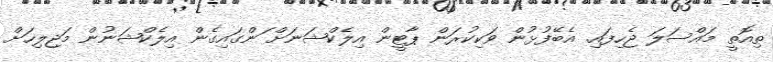
ތިއޮތީ މައްސަލަ ޖެހިފައި. އެބޭފުޅުން ވަކިކުރަން ޕާޓީން އިލެކްޝަނަށް ަންގައިގެން އިލެކްޝަނުން މަޖިލިހަށް